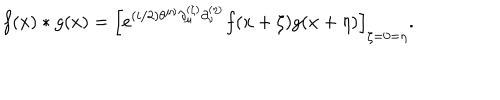
f ( x ) \ast g ( x ) = \left[ e ^ { ( i / 2 ) \theta ^ { \mu \nu } \partial _ { \mu } ^ { ( \zeta ) } \partial _ { \nu } ^ { ( \eta ) } } f ( x + \zeta ) g ( x + \eta ) \right] _ { \zeta = 0 = \eta } .